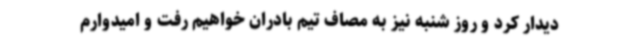
دیدار کرد و روز شنبه نیز به مصاف تیم بادران خواهیم رفت و امیدوارم